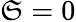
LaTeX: \mathfrak{S}=0